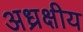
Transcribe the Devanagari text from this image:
अध्रक्षीय